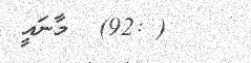
( :92)  މާނައީ